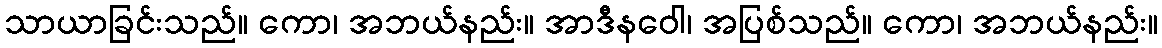
သာယာခြင်းသည်။ ကော၊ အဘယ်နည်း။ အာဒီနဝေါ၊ အပြစ်သည်။ ကော၊ အဘယ်နည်း။